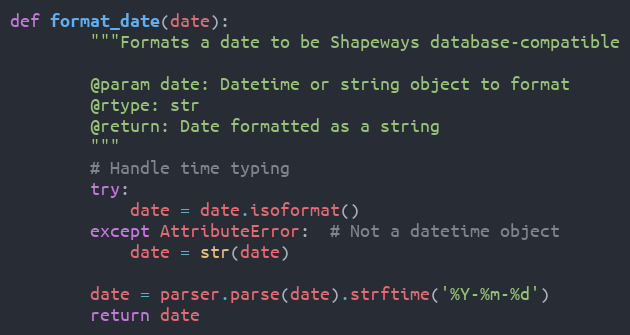
Language: Python
def format_date(date):
        """Formats a date to be Shapeways database-compatible

        @param date: Datetime or string object to format
        @rtype: str
        @return: Date formatted as a string
        """
        # Handle time typing
        try:
            date = date.isoformat()
        except AttributeError:  # Not a datetime object
            date = str(date)

        date = parser.parse(date).strftime('%Y-%m-%d')
        return date